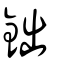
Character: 鈯